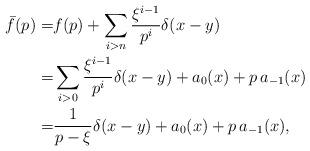
LaTeX: \begin{align*}\bar{f}(p) =& f(p) + \sum_{i>n} \frac{\xi^{i-1}}{p^i} \delta(x-y) \\=& \sum_{i>0} \frac{\xi^{i-1}}{p^i} \delta(x-y) + a_0(x) + p\,a_{-1}(x) \\=& \frac{1}{p-\xi}\delta(x-y) + a_0(x) + p\,a_{-1}(x),\end{align*}